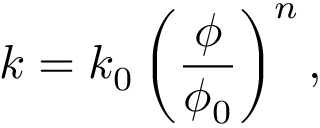
k = k _ { 0 } \left( \frac { \phi } { \phi _ { 0 } } \right) ^ { n } ,